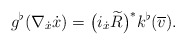
\begin{align*} g ^\flat ( \nabla _{ \dot{x} } \dot{x} ) = \big( i _{ \dot{x} } \widetilde{ R } \big) ^\ast k ^\flat ( \overline{ v } ) . \end{align*}